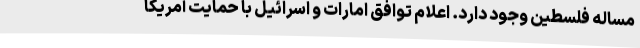
مساله فلسطین وجود دارد. اعلام توافق امارات و اسرائیل با حمایت آمریکا